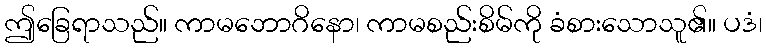
ဤခြေရာသည်။ ကာမဘောဂိနော၊ ကာမစည်းစိမ်ကို ခံစားသောသူ၏။ ပဒံ၊